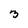
Character: 3